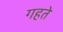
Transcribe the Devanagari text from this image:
गहते